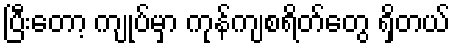
ပြီးတော့ ကျုပ်မှာ ကုန်ကျစရိတ်တွေ ရှိတယ်